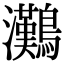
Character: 𤅩